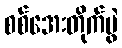
စစ်အေးတိုက်ပွဲ